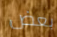
بعض